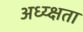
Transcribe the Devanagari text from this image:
अध्य्क्षता